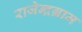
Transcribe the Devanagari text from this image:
राजेन्द्रग्राम